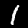
Digit: 1